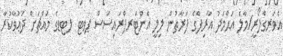
އެވަރގްލޯރީ/މާލެ އަޙްމަދު އާރިފްގެ ފަރާތުން ލިލީ އެންޓަރޕްރައިސަސް ޕވޓ ލޓޑގެ މައްޗަށް ދަޢުވާކުރާ